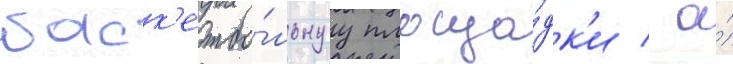
баск'етбо́льнуу площа́дк'и / а́